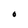
Character: O